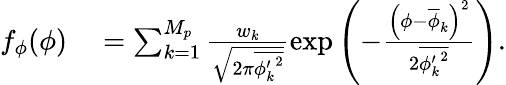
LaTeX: \begin{array}{rl}{f_{\phi}(\phi)}&{{}=\sum_{k=1}^{M_{p}}\frac{w_{k}}{\sqrt{2\pi\overline{{{\phi_{k}^{\prime}}^{2}}}}}\exp{\left(-\frac{\left(\phi-\overline{{\phi}}_{k}\right)^{2}}{2\overline{{{\phi_{k}^{\prime}}^{2}}}}\right)}.}\end{array}